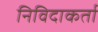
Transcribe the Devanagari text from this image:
निविदाकर्ता